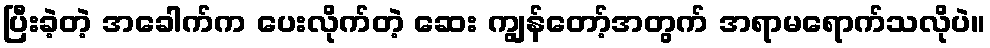
ပြီးခဲ့တဲ့ အခေါက်က ပေးလိုက်တဲ့ ဆေး ကျွန်တော့်အတွက် အရာမရောက်သလိုပဲ။